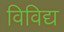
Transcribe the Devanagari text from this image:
विविद्य